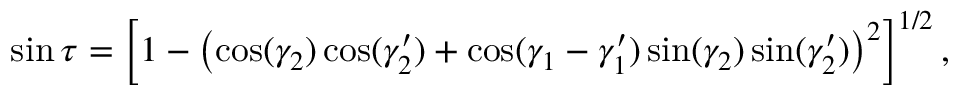
\sin \tau = \left[ 1 - \left( \cos ( \gamma _ { 2 } ) \cos ( \gamma _ { 2 } ^ { \prime } ) + \cos ( \gamma _ { 1 } - \gamma _ { 1 } ^ { \prime } ) \sin ( \gamma _ { 2 } ) \sin ( \gamma _ { 2 } ^ { \prime } ) \right) ^ { 2 } \right] ^ { 1 / 2 } ,